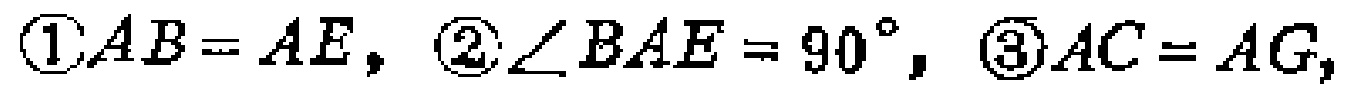
\textcircled{1}$AB = AE$, \textcircled{2}$\angle BAE = 90^{\circ}$, \textcircled{3}$AC = AG$,